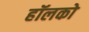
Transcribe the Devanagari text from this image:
हॉलको